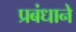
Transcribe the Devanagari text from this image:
प्रबंधाने